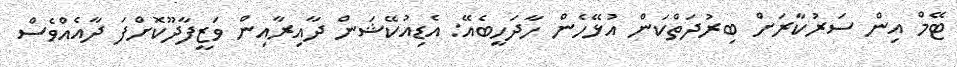
ޓޭމް އިން ސަރުކާރަށް ބިރުދަތްކަން އުޅޭހެން ހާދަހީބެއޭ: އެޑިއުކޭޝަން ދާއިރާއިން ވަޒީފާދޫކޮށްފަ ދާއެއްވެސް